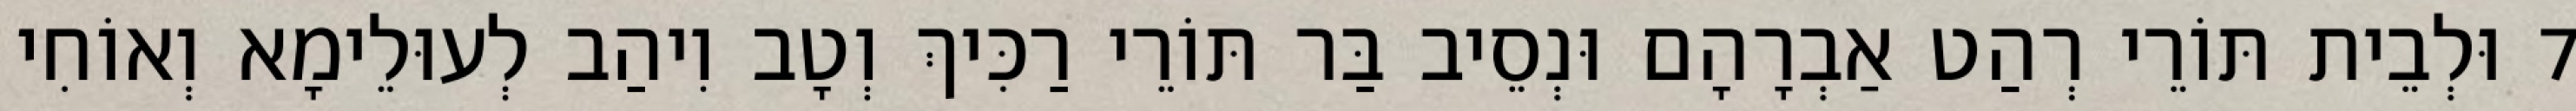
7 וּלְבֵית תּוֹרֵי רְהַט אַבְרָהָם וּנְסֵיב בַּר תּוֹרֵי רַכִּיךְ וְטָב וִיהַב לְעוּלֵימָא וְאוֹחִי